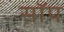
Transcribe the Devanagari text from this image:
सॉप